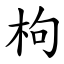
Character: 枸